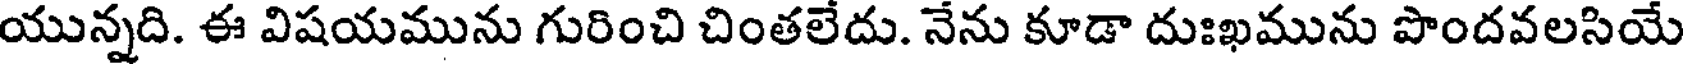
యున్నది. ఈ విషయమును గురించి చింతలేదు. నేను కూడా దుఃఖమును పొందవలసియే